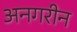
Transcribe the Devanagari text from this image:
अनगरीन